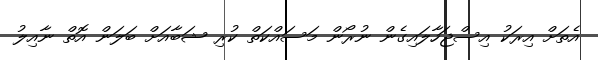
އެތަށް އިރަކު އިސްޖަހާލައިގެން ނުރޯން މަސައްކަތް ކުރި ޝަބާއަށް ބަލަން އޮތް ނާއިލު